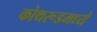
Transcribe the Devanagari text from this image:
कोथरूडमध्ये